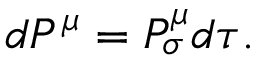
d P ^ { \mu } = P _ { \sigma } ^ { \mu } d \tau .